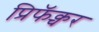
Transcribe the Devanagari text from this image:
प्रिफॅक्चर